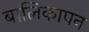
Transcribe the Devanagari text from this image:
बालिकापन